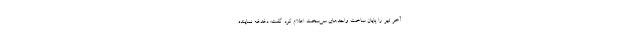
آخر تیر را پایان ساخت واحدهای سی‌سخت اعلام کرد گفت: دغدغه نماینده